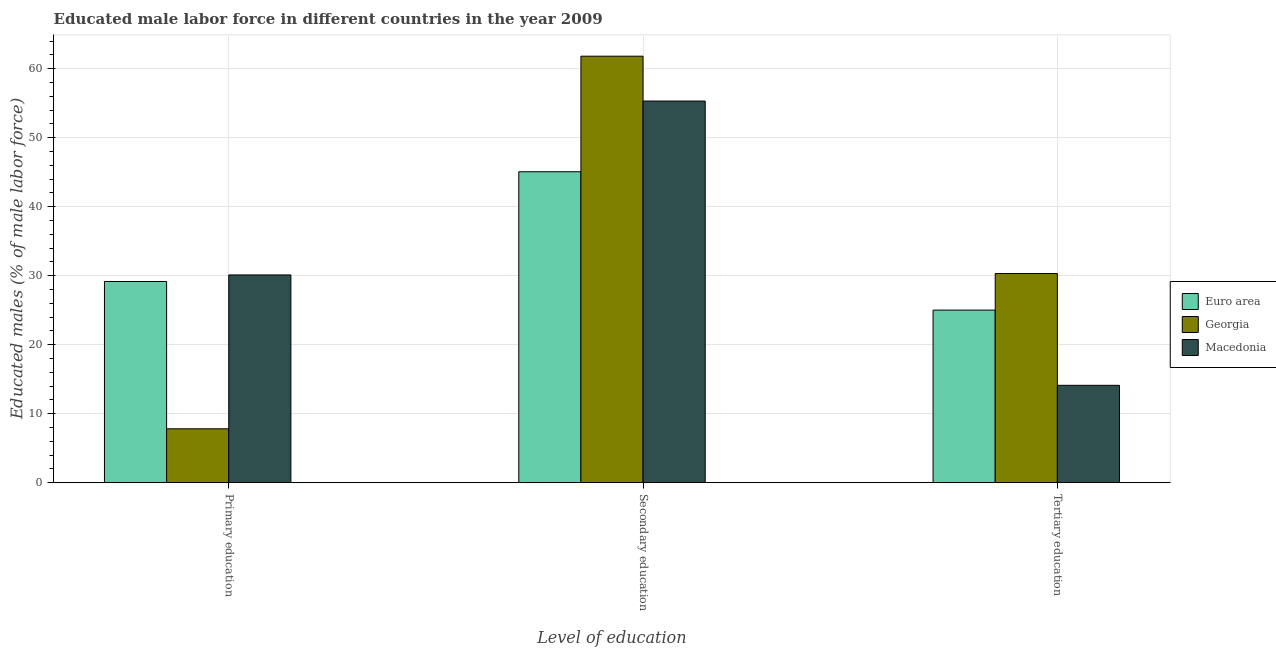
| Level of education | Euro area | Georgia | Macedonia |
 | --- | --- | --- | --- |
 | Primary education | 29.1 | 7.8 | 30.1 |
 | Secondary education | 45.1 | 61.8 | 55.3 |
 | Tertiary education | 25 | 30.3 | 14.1 |